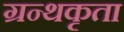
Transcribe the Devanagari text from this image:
ग्रन्थकृता